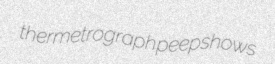
thermetrograph peepshows